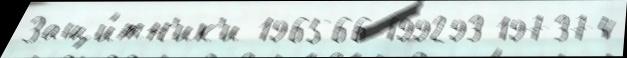
Защи́тн'ик'и 196566 199293 197374